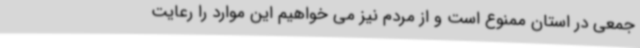
جمعی در استان ممنوع است و از مردم نیز می خواهیم این موارد را رعایت